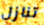
تنازل